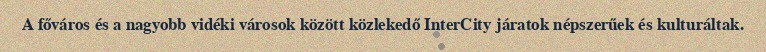
A főváros és a nagyobb vidéki városok között közlekedő InterCity járatok népszerűek és kulturáltak.